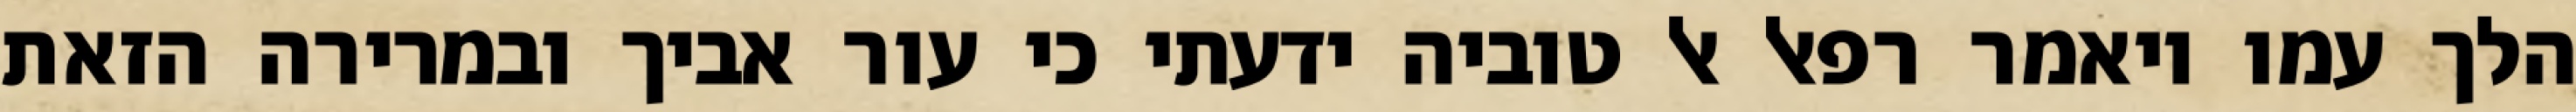
הלך עמו ויאמר רפאל אל טוביה ידעתי כי עור אביך ובמרירה הזאת